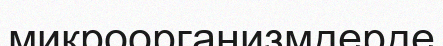
микроорганизмдерде